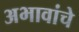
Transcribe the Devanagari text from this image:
अभावांचे